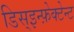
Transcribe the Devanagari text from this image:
डिस्इन्फ़ेक्टेन्ट